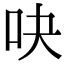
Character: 吷